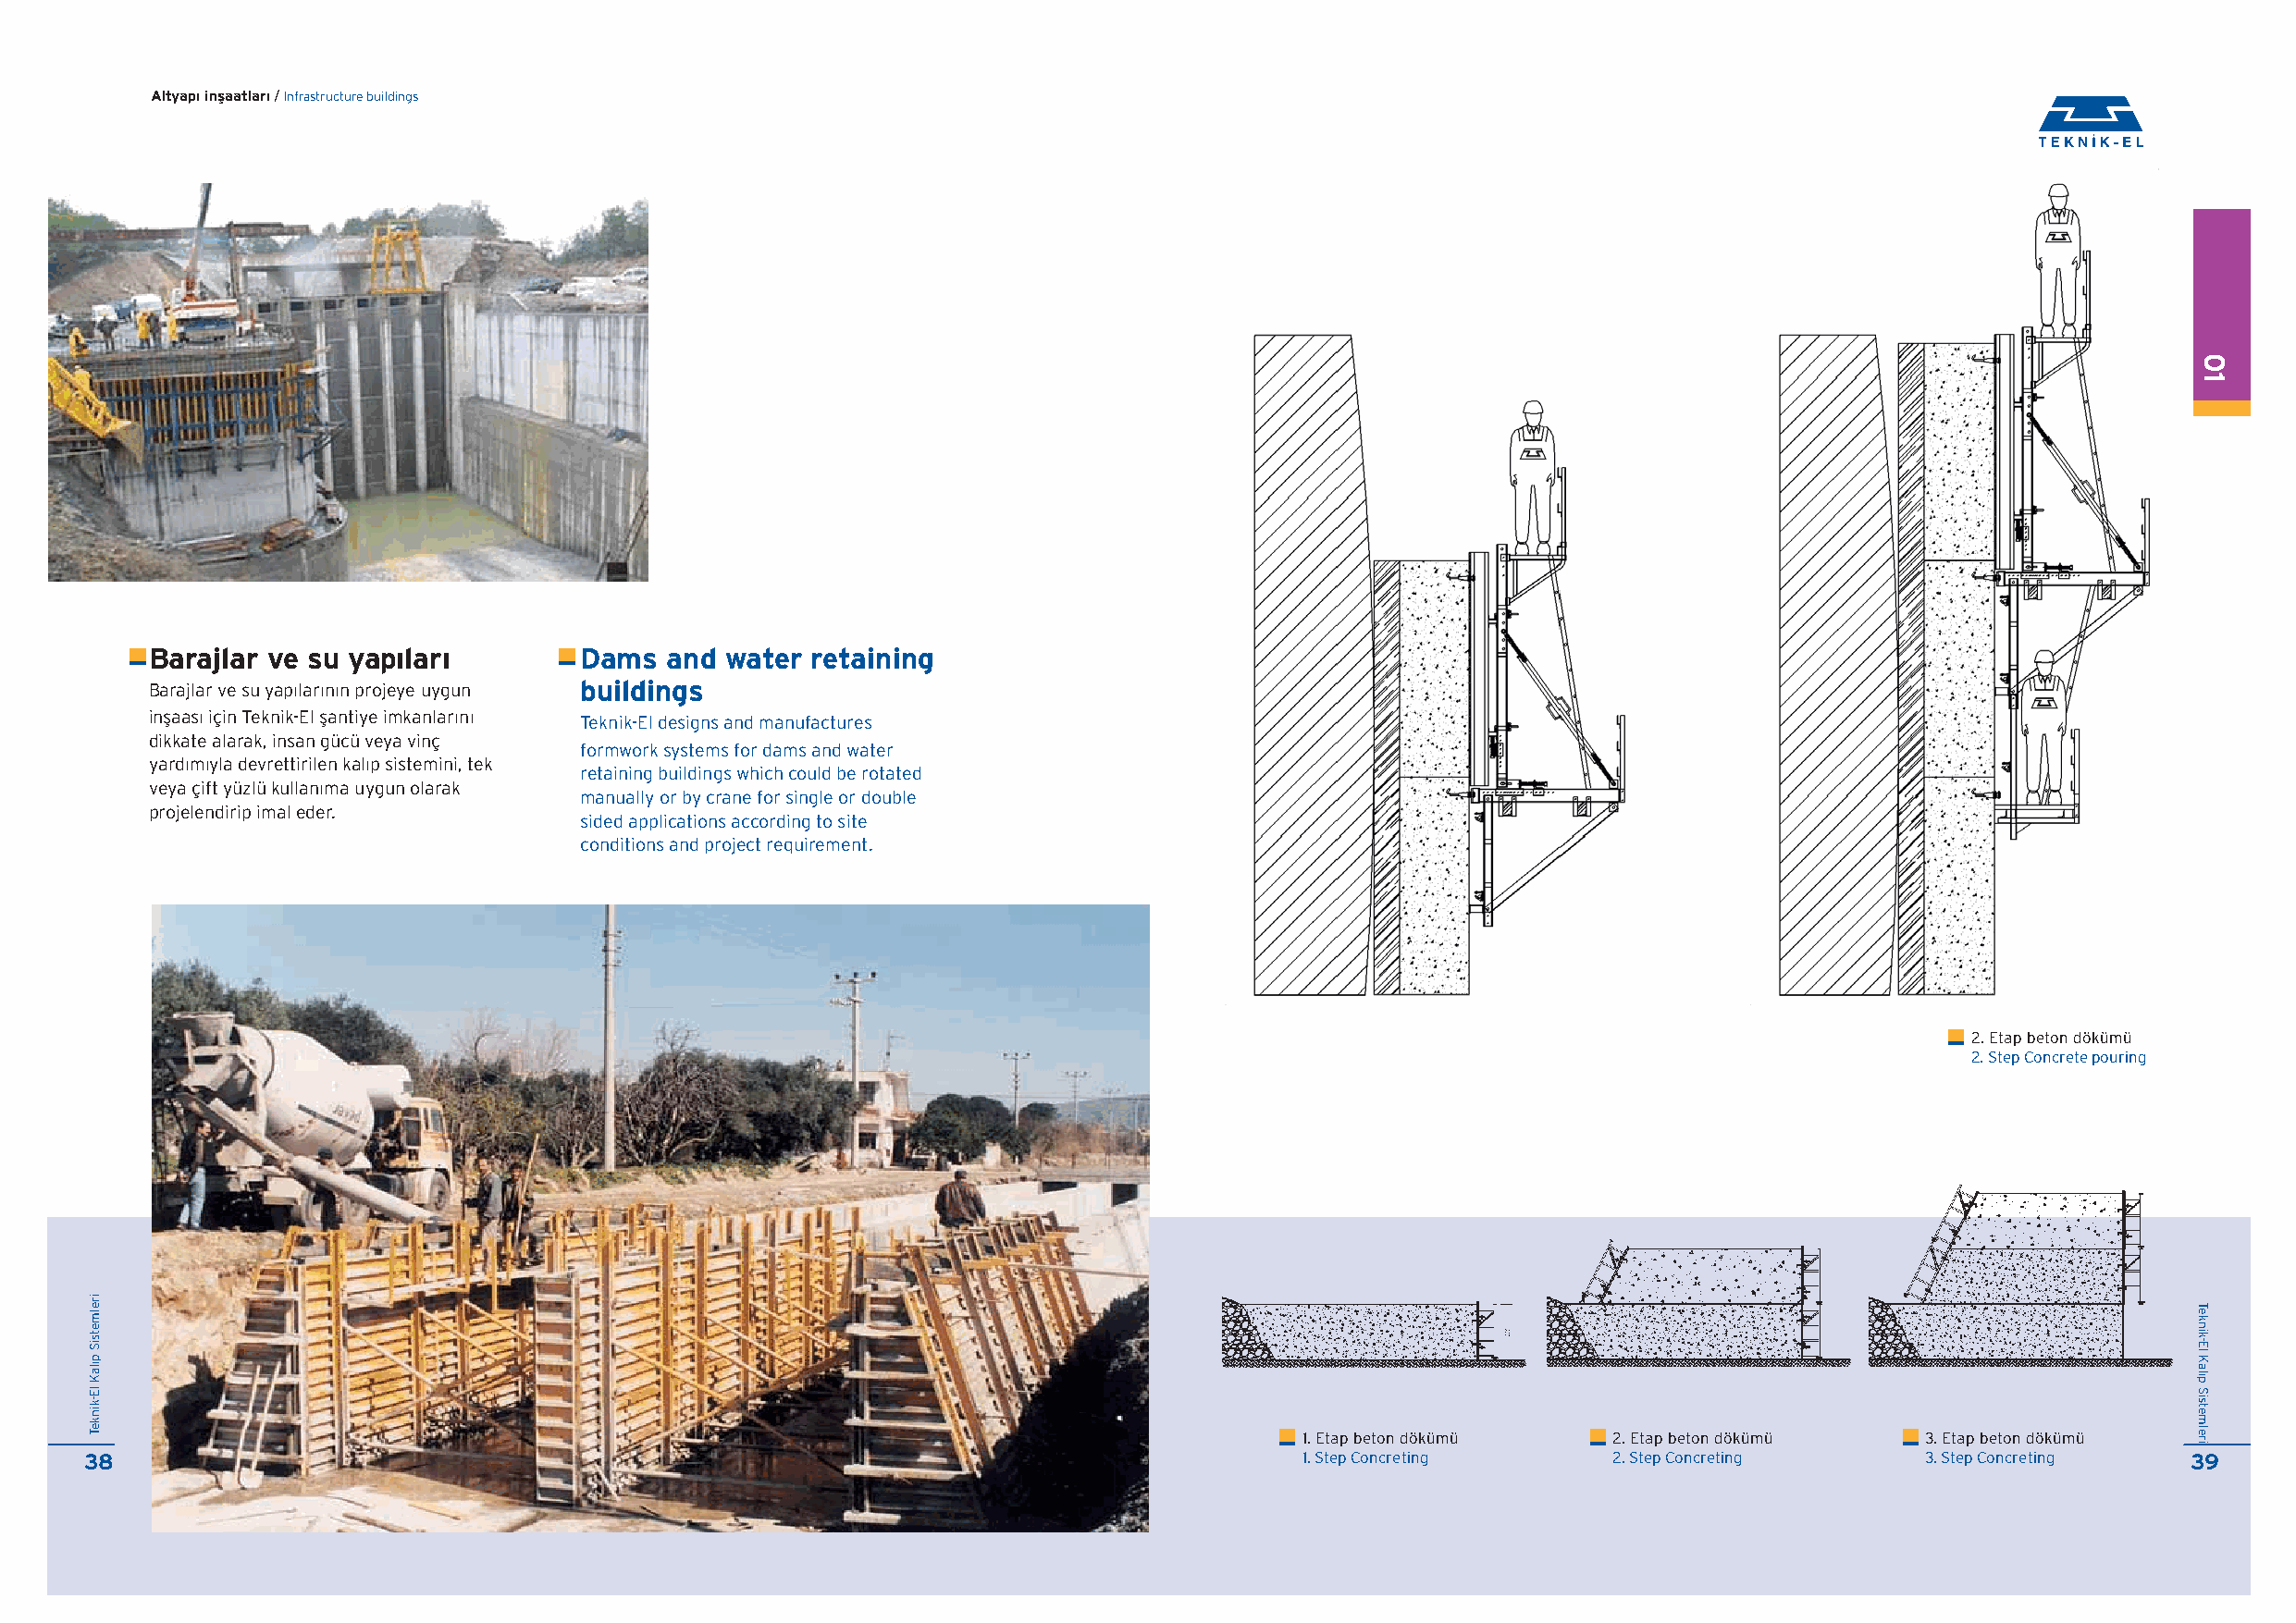
Altyap› inflaatlar› / Infrastructure buildings
 Barajlar ve su yap›lar›        Dams  and water retaining
 Barajlar ve su yap›lar›n›n projeye uygun buildings
 inflaas› için Teknik-El flantiye imkanlar›n› Teknik-El designs and manufactures
 dikkate alarak, insan gücü veya vinç
 formwork systems for dams and water
 yard›m›yla devrettirilen kal›p sistemini, tek
 retaining buildings which could be rotated
 veya çift yüzlü kullan›ma uygun olarak
 manually or by crane for single or double
 projelendirip imal eder.
 sided applications according to site
 conditions and project requirement.
 2. Etap beton dökümü
 2. Step Concrete pouring
 1. Etap beton dökümü  2. Etap beton dökümü   3. Etap beton dökümü
 38                                                                                     1. Step Concreting    2. Step Concreting     3. Step Concreting 39
 irelmetsiS
 p›laK
 lE-kinkeT
 01
 Teknik-El
 Kal›p
 Sistemleri